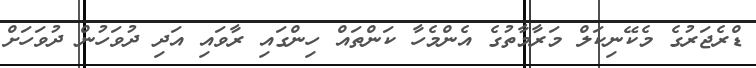
ޑްރެޖަރުގެ މެކޭނިކަލް މަރާމާތުގެ އެންމެހާ ކަންތައް ހިންގައި ރާވައި އަދި ދުވަހުން ދުވަހަށް